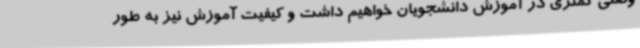
وصلی کمتری در آموزش دانشجویان خواهیم داشت و کیفیت آموزش نیز به طور